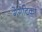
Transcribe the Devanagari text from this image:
गेंगेटिका